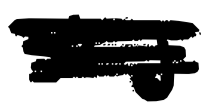
Text: A.J.
Cross-out: scratch
Writing tool: digital_black